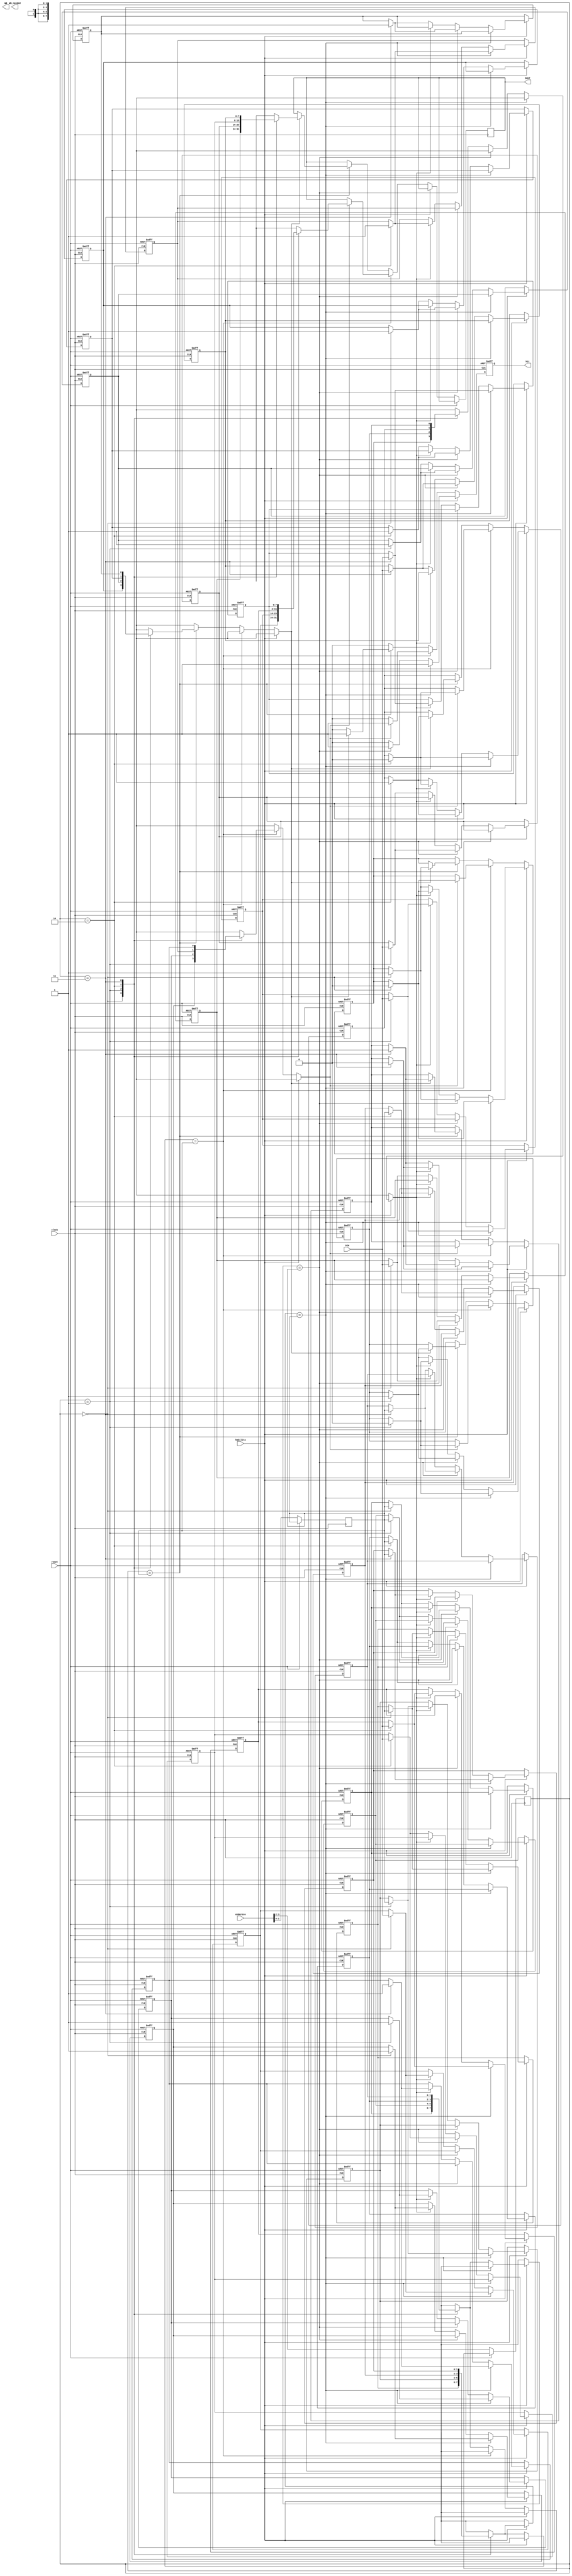
module cache_ass_conj(reset, clock, habilita, endereco, DIN, hit, WB_needed, DOUT, WB);
	input reset, clock, habilita;
	input [3:0] endereco;
	input [7:0] DIN;
	output reg hit;
	output reg WB_needed;
	output reg [7:0] DOUT;	// Dado retornado (lido ou escrito)
	output reg [13:0] WB;
	
	// Nao usamos uma matriz para que o codigo fique mais
	// compreensivel
	// Via 0
	reg via0_v[3:0];
	reg via0_d[3:0];
	reg [1:0] via0_tags[3:0];
	reg [7:0] via0_data[3:0];
	reg via0_lru[3:0];
	
	// Via 1
	reg via1_v[3:0];
	reg via1_d[3:0];
	reg [1:0] via1_tags[3:0];
	reg [7:0] via1_data[3:0];
	reg via1_lru[3:0];	
	
	// Variaveis auxiliares
	reg [1:0] index, tag;
	reg att_lru = 1;
	
	
//	initial begin
////    I	T     I  T
////		00 00		10 00
////		00 01		10 01
////		00 10		10 10
////		00 11		10 11
////		01 00		11 00
////		01 01		11 01
////		01 10		11 10
////		01 11		11 11
//	
//		// TODO: 
//		// Inicializando via 0
//		via0_v[0] <= 1'b0;
//		via0_v[1] <= 1'b1;
//		via0_v[2] <= 1'b0;
//		via0_v[3] <= 1'b1;
//		
//		via0_d[0] <= 1'b0;
//		via0_d[1] <= 1'b0;
//		via0_d[2] <= 1'b0;
//		via0_d[3] <= 1'b0;
//		
//		via0_tags[0] <= 2'b01;
//		via0_tags[1] <= 2'b11;
//		via0_tags[2] <= 2'b11;
//		via0_tags[3] <= 2'b10;
//		
//		via0_data[0] <= 8'b00000001;	//1
//		via0_data[1] <= 8'b00000010;	//2
//		via0_data[2] <= 8'b00000100;	//4
//		via0_data[3] <= 8'b00000111;	//7
//		
//		via0_lru[0] <= 1'b0;
//		via0_lru[1] <= 1'b1;
//		via0_lru[2] <= 1'b1;
//		via0_lru[3] <= 1'b0;
//		
//		// Inicializando via 1
//		via1_v[0] <= 1'b0;
//		via1_v[1] <= 1'b1;
//		via1_v[2] <= 1'b1;
//		via1_v[3] <= 1'b0;
//		
//		via1_d[0] <= 1'b0;
//		via1_d[1] <= 1'b1;
//		via1_d[2] <= 1'b0;
//		via1_d[3] <= 1'b0;
//		
//		via1_tags[0] <= 2'b11;
//		via1_tags[1] <= 2'b01;
//		via1_tags[2] <= 2'b10;
//		via1_tags[3] <= 2'b11;
//		
//		via1_data[0] <= 8'b00000001;
//		via1_data[1] <= 8'b00000010;
//		via1_data[2] <= 8'b00000100;
//		via1_data[3] <= 8'b00000111;
//		
//		via1_lru[0] <= 1'b1;
//		via1_lru[1] <= 1'b0;
//		via1_lru[2] <= 1'b0;
//		via1_lru[3] <= 1'b1;
//		hit = 0;
//	end
//	
	always @(posedge clock, posedge reset) begin				// Logica de implementacao
		if (reset) begin
//    I	T     I  T
//		00 00		10 00
//		00 01		10 01
//		00 10		10 10
//		00 11		10 11
//		01 00		11 00
//		01 01		11 01
//		01 10		11 10
//		01 11		11 11
	
		// TODO: 
		// Inicializando via 0
		via0_v[0] <= 1'b0;
		via0_v[1] <= 1'b1;
		via0_v[2] <= 1'b0;
		via0_v[3] <= 1'b1;
															//VIA 0
		via0_d[0] <= 1'b0;							//0001	invalido  dado = 1
		via0_d[1] <= 1'b0;							//0111   valido	 dado = 2
		via0_d[2] <= 1'b0;							//1011   invalido  dado = 4
		via0_d[3] <= 1'b0;							//1110	valido    dado = 7
		
		via0_tags[0] <= 2'b01;
		via0_tags[1] <= 2'b11;
		via0_tags[2] <= 2'b11;
		via0_tags[3] <= 2'b10;
		
		via0_data[0] <= 8'b00000001;	//1
		via0_data[1] <= 8'b00000010;	//2
		via0_data[2] <= 8'b00000100;	//4
		via0_data[3] <= 8'b00000111;	//7
		
		via0_lru[0] <= 1'b0;
		via0_lru[1] <= 1'b1;
		via0_lru[2] <= 1'b1;
		via0_lru[3] <= 1'b0;
		
		// Inicializando via 1
		via1_v[0] <= 1'b0;
		via1_v[1] <= 1'b1;
		via1_v[2] <= 1'b1;
		via1_v[3] <= 1'b0;
															//VIA 1
		via1_d[0] <= 1'b0;							//0011 invalido dado = 10
		via1_d[1] <= 1'b1;							//0101 valido   dado = 8
		via1_d[2] <= 1'b0;							//1010 valido   dado = 6
		via1_d[3] <= 1'b0;  							//1111 invalido dado = 4
		
		via1_tags[0] <= 2'b11;
		via1_tags[1] <= 2'b01;
		via1_tags[2] <= 2'b10;
		via1_tags[3] <= 2'b11;
		
		via1_data[0] <= 8'b00001010; //10
		via1_data[1] <= 8'b00001000; //8
		via1_data[2] <= 8'b00000110; //6
		via1_data[3] <= 8'b00000100; //4
		
		via1_lru[0] <= 1'b1;
		via1_lru[1] <= 1'b0;
		via1_lru[2] <= 1'b0;
		via1_lru[3] <= 1'b1;
		hit = 0;
	end else begin
			// Desmembrando o endereco
			index <= endereco[3:2];	// CHECK
			tag	<= endereco[1:0];
			
		
			
			if (habilita) begin
				// Caso escrita
				// TODO: colocar DOUT
				if (via0_tags[index] == tag) begin
					hit <= 1;
					via0_v[index] <= 1;
					via0_d[index] <= 1;
					via0_tags[index][1:0] <= tag;
					via0_data[index][7:0] <= DIN;
					via0_lru[index] <= 0;
					via1_lru[index] <= 1;
				end else if (via1_tags[index] == tag) begin
					hit <= 1;
					via1_v[index] <= 1;
					via1_d[index] <= 1;
					via1_tags[index][1:0] <= tag;
					via1_data[index][7:0] <= DIN;
					via0_lru[index] <= 1;
					via1_lru[index] <= 0;
				end else begin
					hit <= 0;
					// TODO: Verificar WB
					if (via0_lru[index]) begin
						via0_v[index] <= 1;
						via0_d[index] <= 1;
						via0_tags[index][1:0] <= tag;
						via0_data[index][7:0] <= DIN;							
						via0_lru[index] <= 0;
						via1_lru[index] <= 1;
					end else begin
						via1_v[index] <= 1;
						via1_d[index] <= 1;
						via1_tags[index][1:0] <= tag;
						via1_data[index][7:0] <= DIN;						
						via0_lru[index] <= 1;
						via1_lru[index] <= 0;
					end
				end
			end else begin
				// Caso leitura
				if (via0_tags[index] == tag) begin
					if (via0_v[index]) begin
						hit <= 1;
						// enviando dado
						DOUT <= via0_data[index];
						via0_lru[index] <= 0;
						via1_lru[index] <= 1;
					end else begin
						// A tag existe no conjunto, mas nao e valida
						// WB
						hit <= 0;
					end
				end else if (via1_tags[index] == tag) begin
					if (via1_v[index]) begin
						hit <= 1;
						// enviando dado
						DOUT <= via1_data[index];
						via0_lru[index] <= 1;
						via1_lru[index] <= 0;
					end else begin
						// A tag existe no conjunto, mas nao e valida
						hit <= 0;
						// WB
					end
				end else begin
					// A cache nao existe no conjunto
					hit <= 0;
					// WB;
				end
			end
		end
	end
endmodule